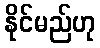
နိုင်မည်ဟု